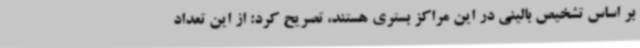
بر اساس تشخیص بالینی در این مراکز بستری هستند، تصریح کرد: از این تعداد